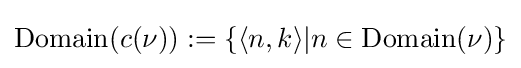
\mathrm {Domain} (c(\nu )):=\{\langle n,k\rangle |n\in \mathrm {Domain} (\nu )\}